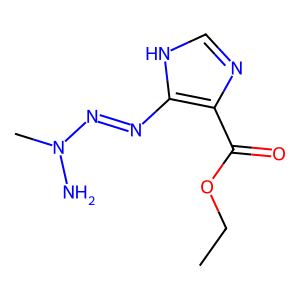
SMILES: CCOC(=O)c1nc[nH]c1N=NN(C)N
Inhibits HIV replication: No